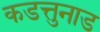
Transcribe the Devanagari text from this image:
कडत्तुनाड